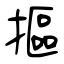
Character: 摳